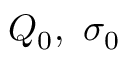
Q _ { 0 } , \ \sigma _ { 0 }